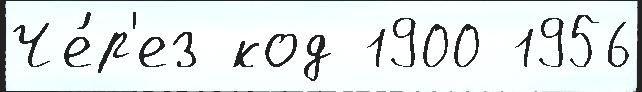
Че́р'ез код 1900 1956